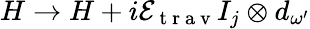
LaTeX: H\to H+i\mathcal{E}_{\mathrm{~t~r~a~v~}}I_{j}\otimes d_{\omega^{\prime}}